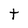
Character: t